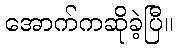
အောက်ကဆိုခဲ့ပြီ။